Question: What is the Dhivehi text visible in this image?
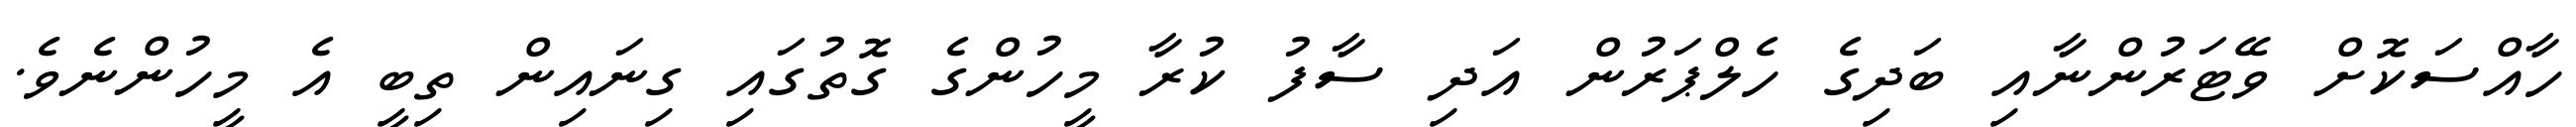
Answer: ހާއްސަކޮށް ވޭޓަރުންނާއި ބަދިގެ ހެލްޕަރުން އަދި ސާފު ކުރާ މީހުންގެ ގޮތުގައި ގިނައިން ތިބީ އެ މީހުންނެވެ.